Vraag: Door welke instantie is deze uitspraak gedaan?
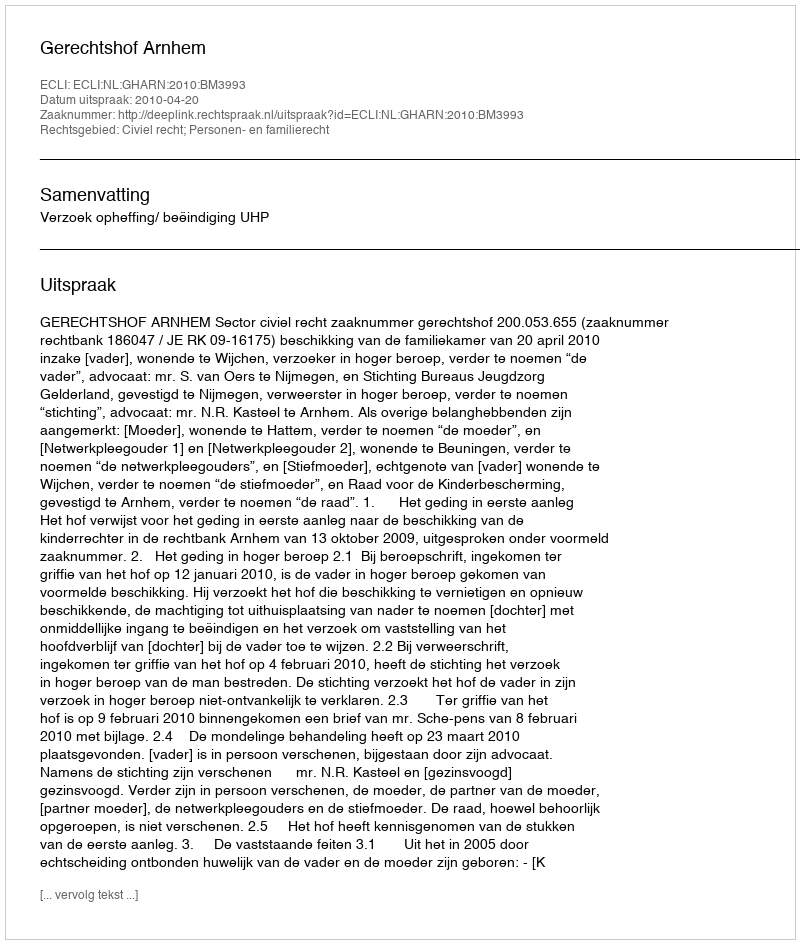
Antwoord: Gerechtshof Arnhem